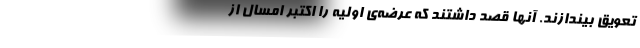
تعویق بیندازند. آنها قصد داشتند که عرضه‌ی اولیه را اکتبر امسال از